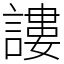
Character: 謱